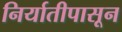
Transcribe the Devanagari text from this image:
निर्यातीपासून